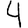
Digit: 4